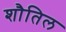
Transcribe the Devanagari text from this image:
शौतिल